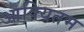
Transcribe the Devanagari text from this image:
आक्यितम